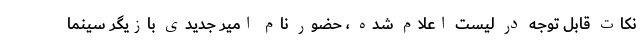
نکات قابل توجه در لیست اعلام شده ، حضور نام امیر جدیدی بازیگر سینما